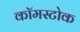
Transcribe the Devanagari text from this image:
कॉमस्टोक